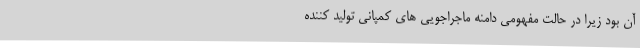
آن بود زیرا در حالت مفهومی دامنه ماجراجویی های کمپانی تولید کننده